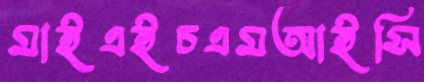
মাইএইচএমআইসি